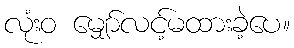
လုံးဝ မျှော်လင့်မထားခဲ့ပေ။